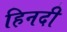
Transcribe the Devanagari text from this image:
हिनदी